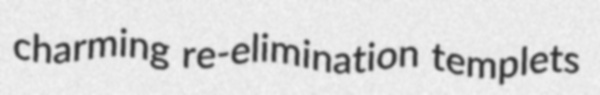
charming re-elimination templets